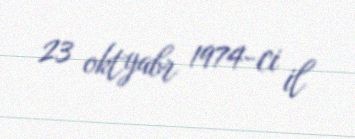
23 oktyabr 1974-ci il